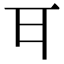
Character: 𭺪